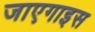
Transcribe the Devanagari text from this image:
जाएगाइस